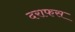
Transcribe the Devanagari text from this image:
दराफस